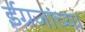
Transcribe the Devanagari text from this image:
ईग्रजांच्या